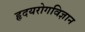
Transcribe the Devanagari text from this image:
हृदयरोगविज्ञान